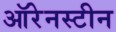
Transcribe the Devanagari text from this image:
ऑरेनस्टीन